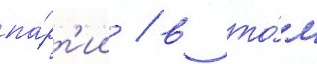
па́рт'ии / в то́м